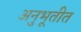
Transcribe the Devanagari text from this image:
अनुभूतीत